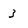
Character: 3